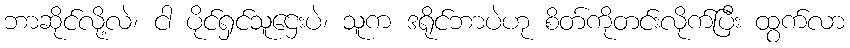
ဘာဆိုင်လို့လဲ၊ ငါ ပိုင်ရှင်သူဌေးပဲ၊ သူက ဒရိုင်ဘာပဲဟု စိတ်ကိုတင်းလိုက်ပြီး ထွက်လာ